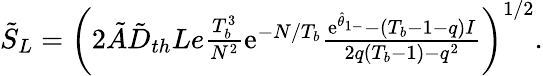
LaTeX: \begin{array}{r}{\tilde{S}_{L}=\left(2\tilde{A}\tilde{D}_{th}Le\frac{T_{b}^{3}}{N^{2}}\mathrm{e}^{-N/T_{b}}\frac{\mathrm{e}^{\hat{\theta}_{1-}}-(T_{b}-1-q)I}{2q(T_{b}-1)-q^{2}}\right)^{1/2}.}\end{array}